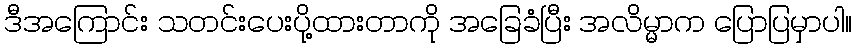
ဒီအကြောင်း သတင်းပေးပို့ထားတာကို အခြေခံပြီး အလိမ္မာက ပြောပြမှာပါ။